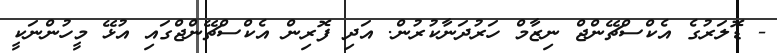
- ޑޮލަރުގެ އެކްސްޗޭންޖް ނިޒާމް ހަރުދަނާކުރުން. އަދި ފޮރިން އެކްސްޗޭންޖްގައި އުޅޭ މީހުންނަކީ